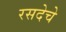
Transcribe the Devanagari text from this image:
रसदेचे